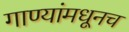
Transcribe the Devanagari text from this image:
गाण्यांमधूनच